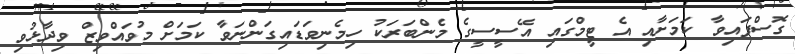
ގޮސްފައިވާ ކަމަށާއި އެ ޓީމްގައި އޭސީސީގެ މެންބަރަކު ހިމެނިވަޑައިގަންނަވާ ކަމަށް މުވައްވިޒް ވިދާޅުވި